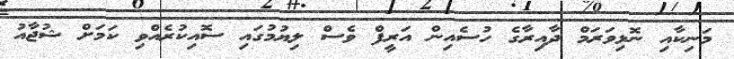
މަނިކާއި ނޮޅިވަރަމް ދާއިރާގެ ހުސެއިން އަރީފް ވެސް ލިޔުމުގައި ސޮއިކުރެއްވި ކަމަށް ޝުޖާއު